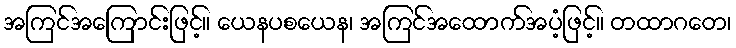
အကြင်အကြောင်းဖြင့်။ ယေနပစယေန၊ အကြင်အထောက်အပံ့ဖြင့်။ တထာဂတေ၊